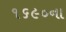
૧૬૯૦ના